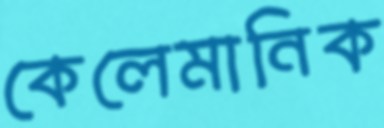
কেলেমানিক